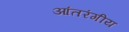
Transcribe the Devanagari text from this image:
आंतरंगीय